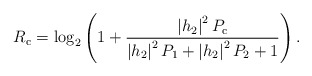
\begin{align*}R_{\mathrm{c}}=\log_{2}\left(1+\frac{\left|h_{2}\right|^{2}P_{\mathrm{c}}}{\left|h_{2}\right|^{2}P_1+\left|h_{2}\right|^{2}P_2+1}\right).\end{align*}